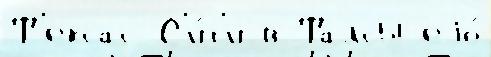
Т'ексас-С'и́т'и в Талсы еjо́